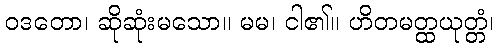
ဝဒတော၊ ဆိုဆုံးမသော။ မမ၊ ငါ၏။ ဟိတမတ္ထယုတ္တံ၊